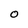
Character: O